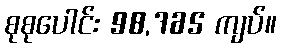
စုစုပေါင်း 98,765 ကျပ်။